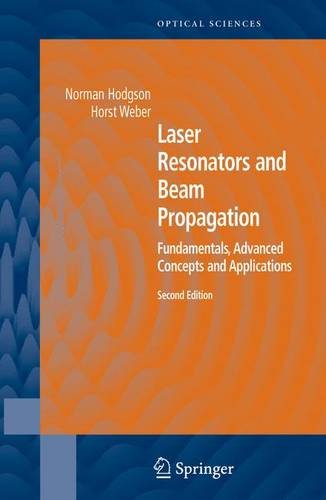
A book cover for Laser Resonators and Beam Propagation: Fundamentals, Advanced Concepts and Applications, 2nd Edition(Springer Series in Optical Sciences); Norman Hodgson; Science & Math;